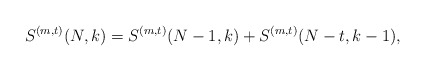
\begin{align*} S^{(m,t)}(N,k)=S^{(m,t)}(N-1,k)+S^{(m,t)}(N-t,k-1),\end{align*}